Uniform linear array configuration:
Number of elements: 48
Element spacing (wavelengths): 1
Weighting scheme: uniform
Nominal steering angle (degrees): -45
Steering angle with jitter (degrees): -45.594
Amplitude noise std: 0.05
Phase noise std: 0.05

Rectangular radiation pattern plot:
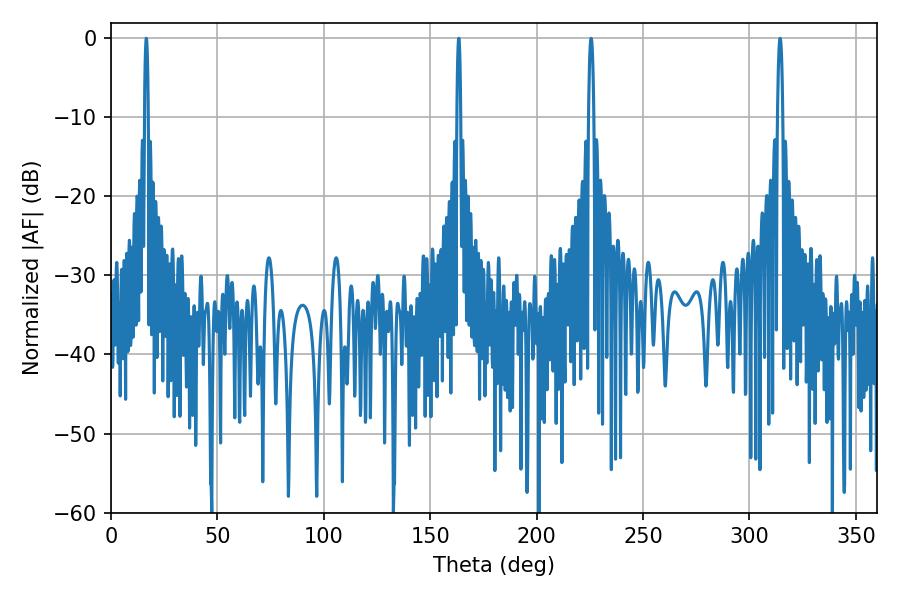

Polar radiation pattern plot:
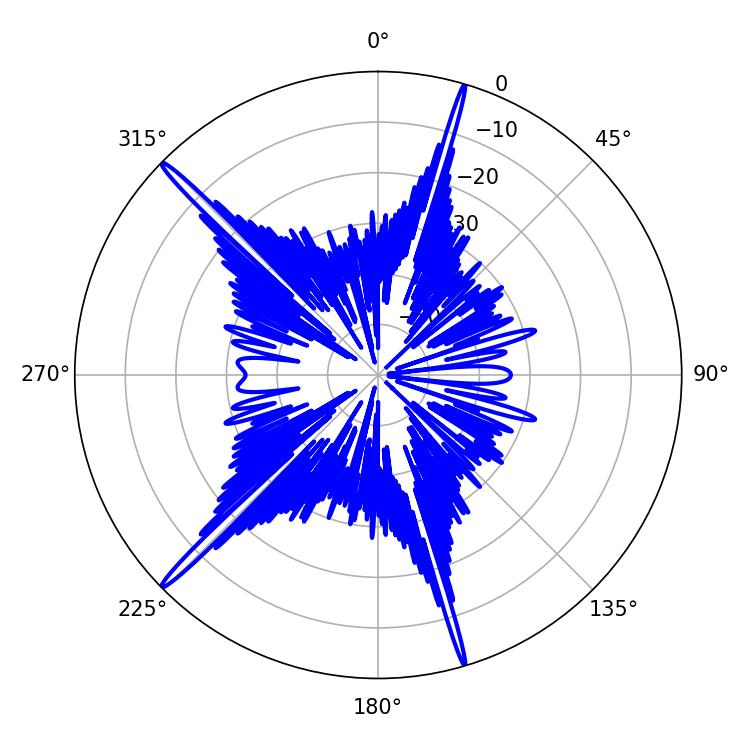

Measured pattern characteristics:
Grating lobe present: TRUE
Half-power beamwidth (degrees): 0.9
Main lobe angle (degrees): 16.56